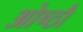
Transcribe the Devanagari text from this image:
ओष्ठौ